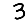
Digit: 3